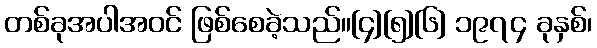
တစ်ခုအပါအဝင် ဖြစ်စေခဲ့သည်။[၄][၅][၆] ၁၉၇၄ ခုနှစ်၊